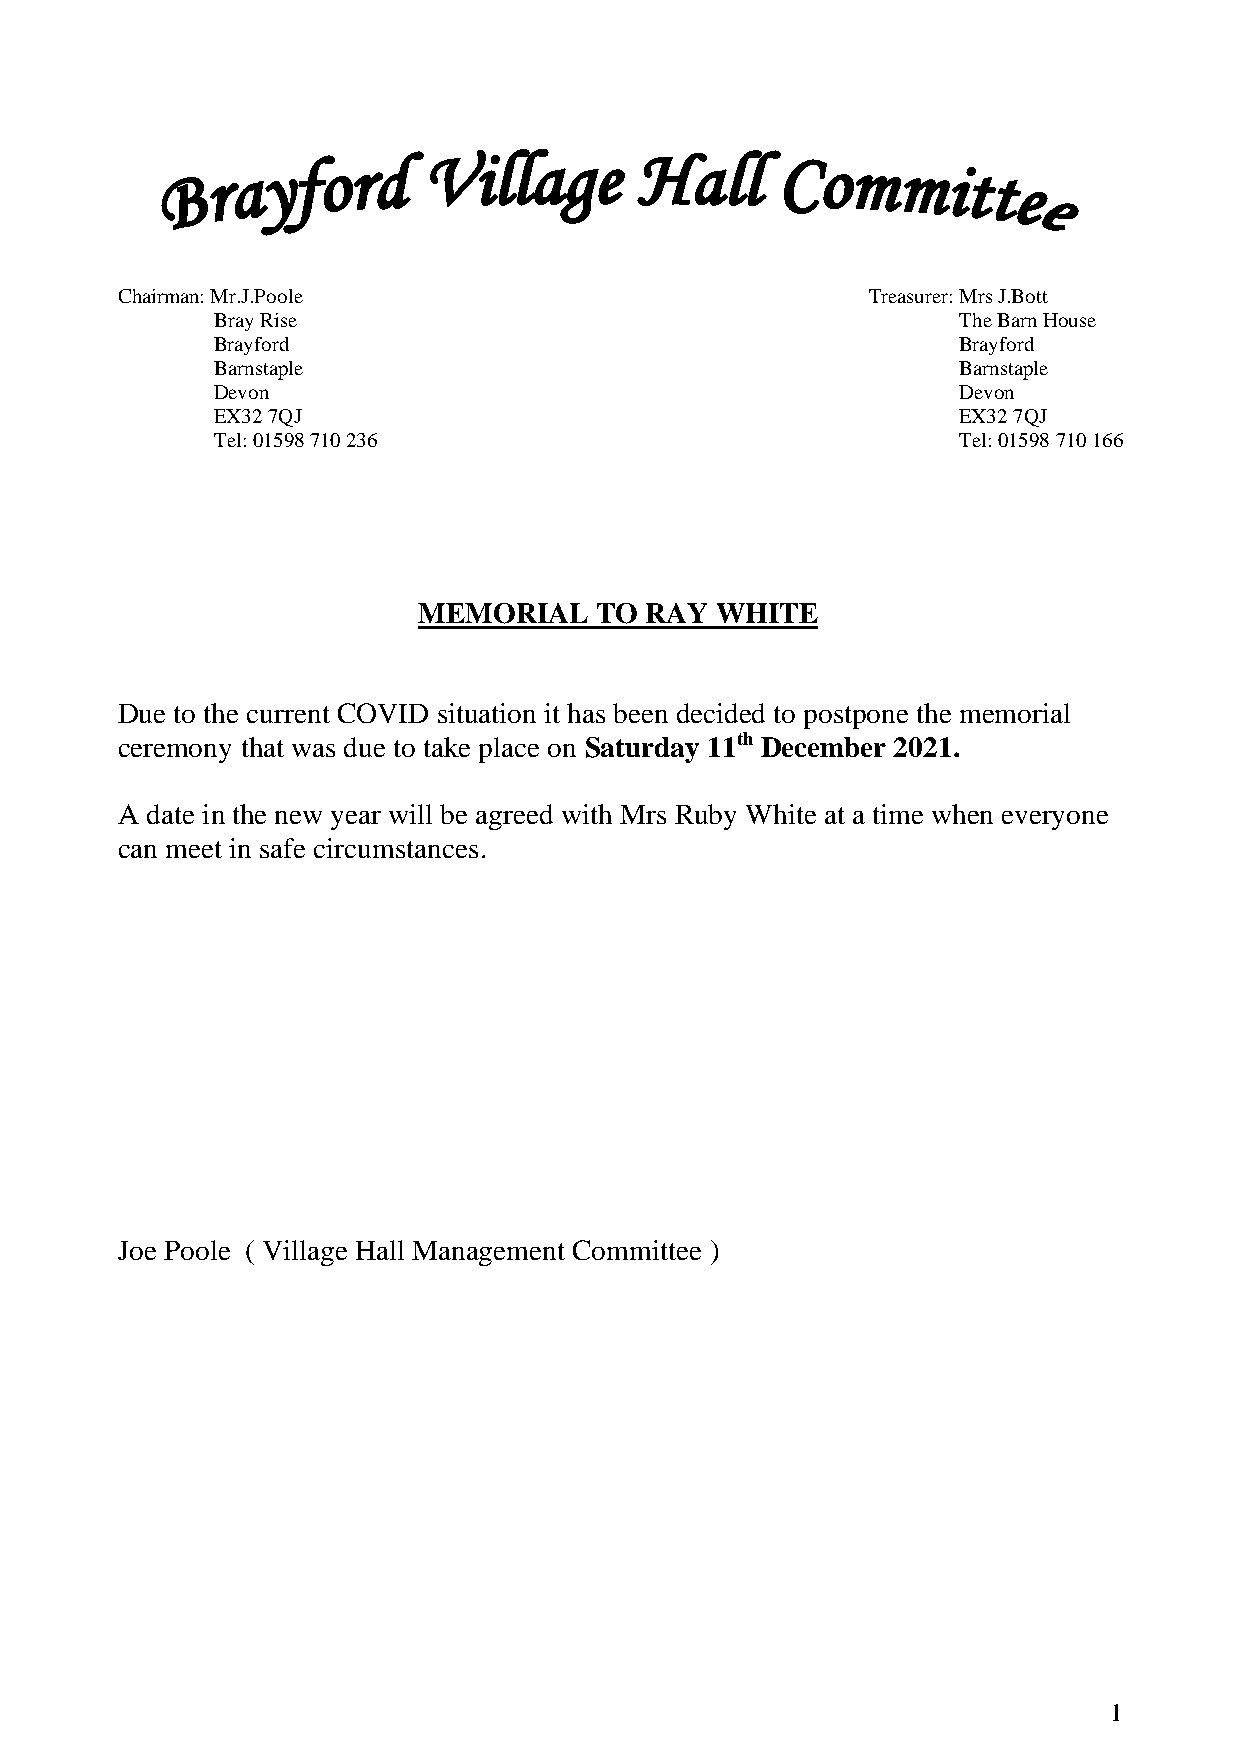
Chairman: Mr.J.Poole                             Treasurer: Mrs J.Bott
 Bray Rise                                        The Barn House
 Brayford                                         Brayford
 Barnstaple                                       Barnstaple
 Devon                                            Devon
 EX32 7QJ                                         EX32 7QJ
 Tel: 01598 710 236                               Tel: 01598 710 166
 MEMORIAL   TO  RAY WHITE
 Due to the current COVID situation it has been decided to postpone the memorial
 ceremony that was due to take place on Saturday 11th December 2021.
 A date in the new year will be agreed with Mrs Ruby White at a time when everyone
 can meet in safe circumstances.
 Joe Poole ( Village Hall Management Committee )
 1